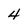
Character: 4